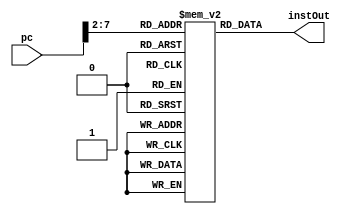
`timescale 1ns / 1ps
//////////////////////////////////////////////////////////////////////////////////
// Company: 
// Engineer: 
// 
// Design Name: 
// Module Name: instructionMemory
// Project Name: 
// Target Devices: 
// Tool Versions: 
// Description: 
// 
// Dependencies: 
// 
// Revision:
// Revision 0.01 - File Created
// Additional Comments:
// 
//////////////////////////////////////////////////////////////////////////////////


module instructionMemory(pc, instOut);
    input wire [31:0] pc;
    output reg [31:0] instOut;
    reg [31:0] memory [0:63];//memory 2D reg array
    
     
 
    
    initial begin
        memory[25] <= {6'b100011, 5'b00000, 5'b00010, 16'b0000000000000000};    //100:   lw $v0, 00($at)   # $2 <- memory[$1+00]; load x[0]
        memory[26] <= {6'b100011, 5'b00000, 5'b00011, 16'b0000000000000100};    //104:   lw $v1, 04($at)   # $3 <- memory[$1+04]; load x[1]
    end
    
    always @(*) begin
        instOut <= memory[pc[7:2]]; //set instOut to value of memory array at position pc
    end
endmodule